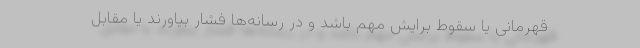
قهرمانی یا سقوط برایش مهم باشد و در رسانه‌ها فشار بیاورند یا مقابل